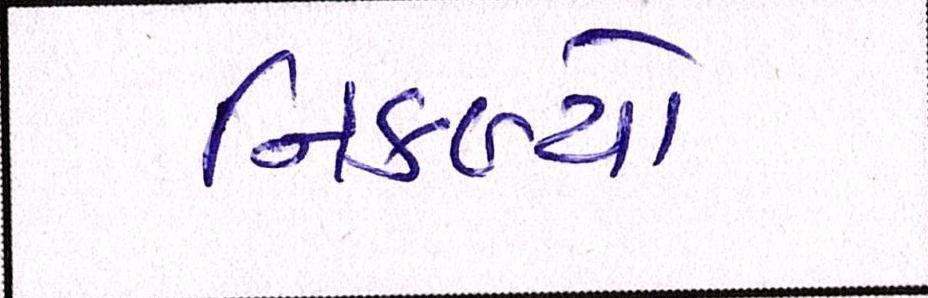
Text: નિકળ્યો